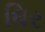
ઘિર